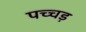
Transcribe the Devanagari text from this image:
पच्चड़